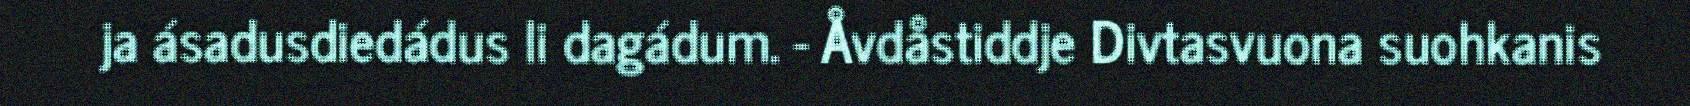
ja ásadusdiedádus li dagádum. - Åvdåstiddje Divtasvuona suohkanis